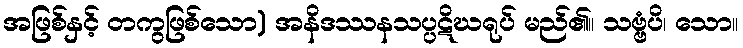
အဖြစ်နှင့် တကွဖြစ်သော) အနိဒဿနသပ္ပဋိဃရုပ် မည်၏။ သဗ္ဗံပိ၊ သော။